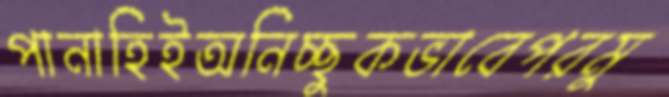
পানাহিইঅনিচ্ছুকভাবেপরমু